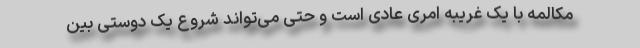
مکالمه با یک غریبه امری عادی است و حتی می‌تواند شروع یک دوستی بین